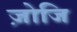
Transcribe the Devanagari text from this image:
ज़ोजि